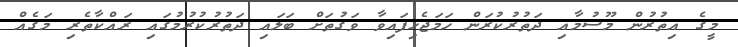
މީގެ އިތުުރުން މޫސުމާއި ދަތުރުކުރަން ހަމަޖެހިފައިވާ ވަގުތަށް ބަލައި ދަތުރުކުރުމުގައި ރައްކާތެރި މަގެއް